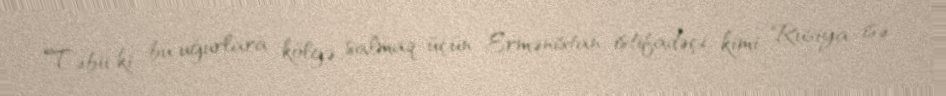
Təbii ki, bu uğurlara kölgə salmaq üçün Ermənistan istifadəçi kimi, Rusiya isə